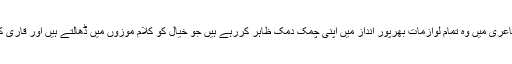
فنی اعتبارسے افتخارؔ مغل کی شاعری میں وہ تمام لوازمات بھرپور انداز میں اپنی چمک دمک ظاہر کررہے ہیں جو خیال کو کلامِ موزوں میں ڈھالتے ہیں اور قاری کو اپنے سحرمیں جکڑ لیتے ہیں ۔